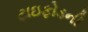
ટાઇફોડની